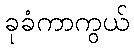
ခုခံကာကွယ်